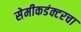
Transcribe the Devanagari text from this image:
सेमीकडंक्टरचा